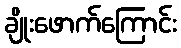
ချိုးဖောက်ကြောင်း